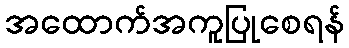
အထောက်အကူပြုစေရန်